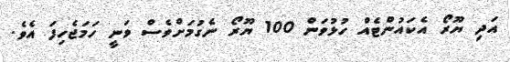
އަދި ޔޫރޯ އެކައުންޓެއް ހުޅުވަން 100 ޔޫރޯ ނެގުމަށްވެސް ވަނީ ހަމަޖެހިފަ އެވެ.